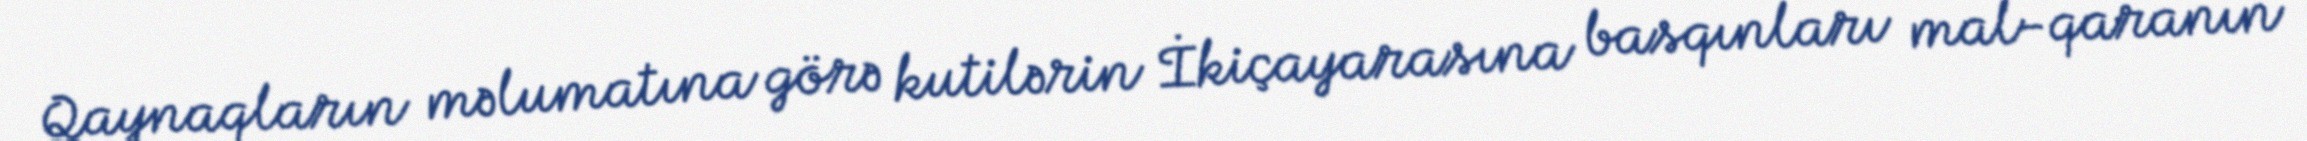
Qaynaqların məlumatına görə kutilərin İkiçayarasına basqınları mal-qaranın